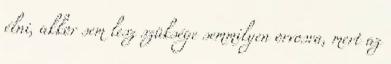
élni, akkor sem lesz szüksége semmilyen orvosra, mert az